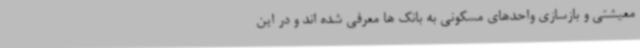
معیشتی و بازسازی واحدهای مسکونی به بانک ها معرفی شده اند و در این